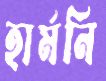
হার্মনি